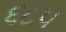
૬૮૫